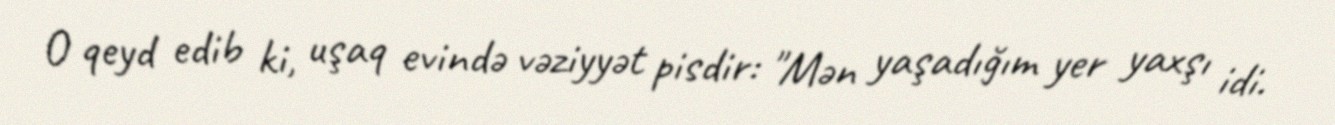
O qeyd edib ki, uşaq evində vəziyyət pisdir: "Mən yaşadığım yer yaxşı idi.